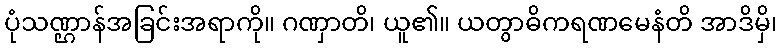
ပုံသဏ္ဌာန်အခြင်းအရာကို။ ဂဏှာတိ၊ ယူ၏။ ယတွာဓိကရဏမေနံတိ အာဒိမှိ၊